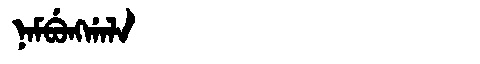
Manchu: ᠨᠠᠮᠪᡠᠩᡤᠠᠯᠠ
Romanization: NAMBUNGGALA